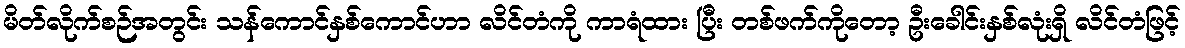
မိတ်လိုက်စဉ်အတွင်း သန်ကောင်နှစ်ကောင်ဟာ လိင်တံကို ကာရံထား ပြီး တစ်ဖက်ကိုတော့ ဦးခေါင်းနှစ်လုံးရှိ လိင်တံဖြင့်